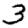
Digit: 3